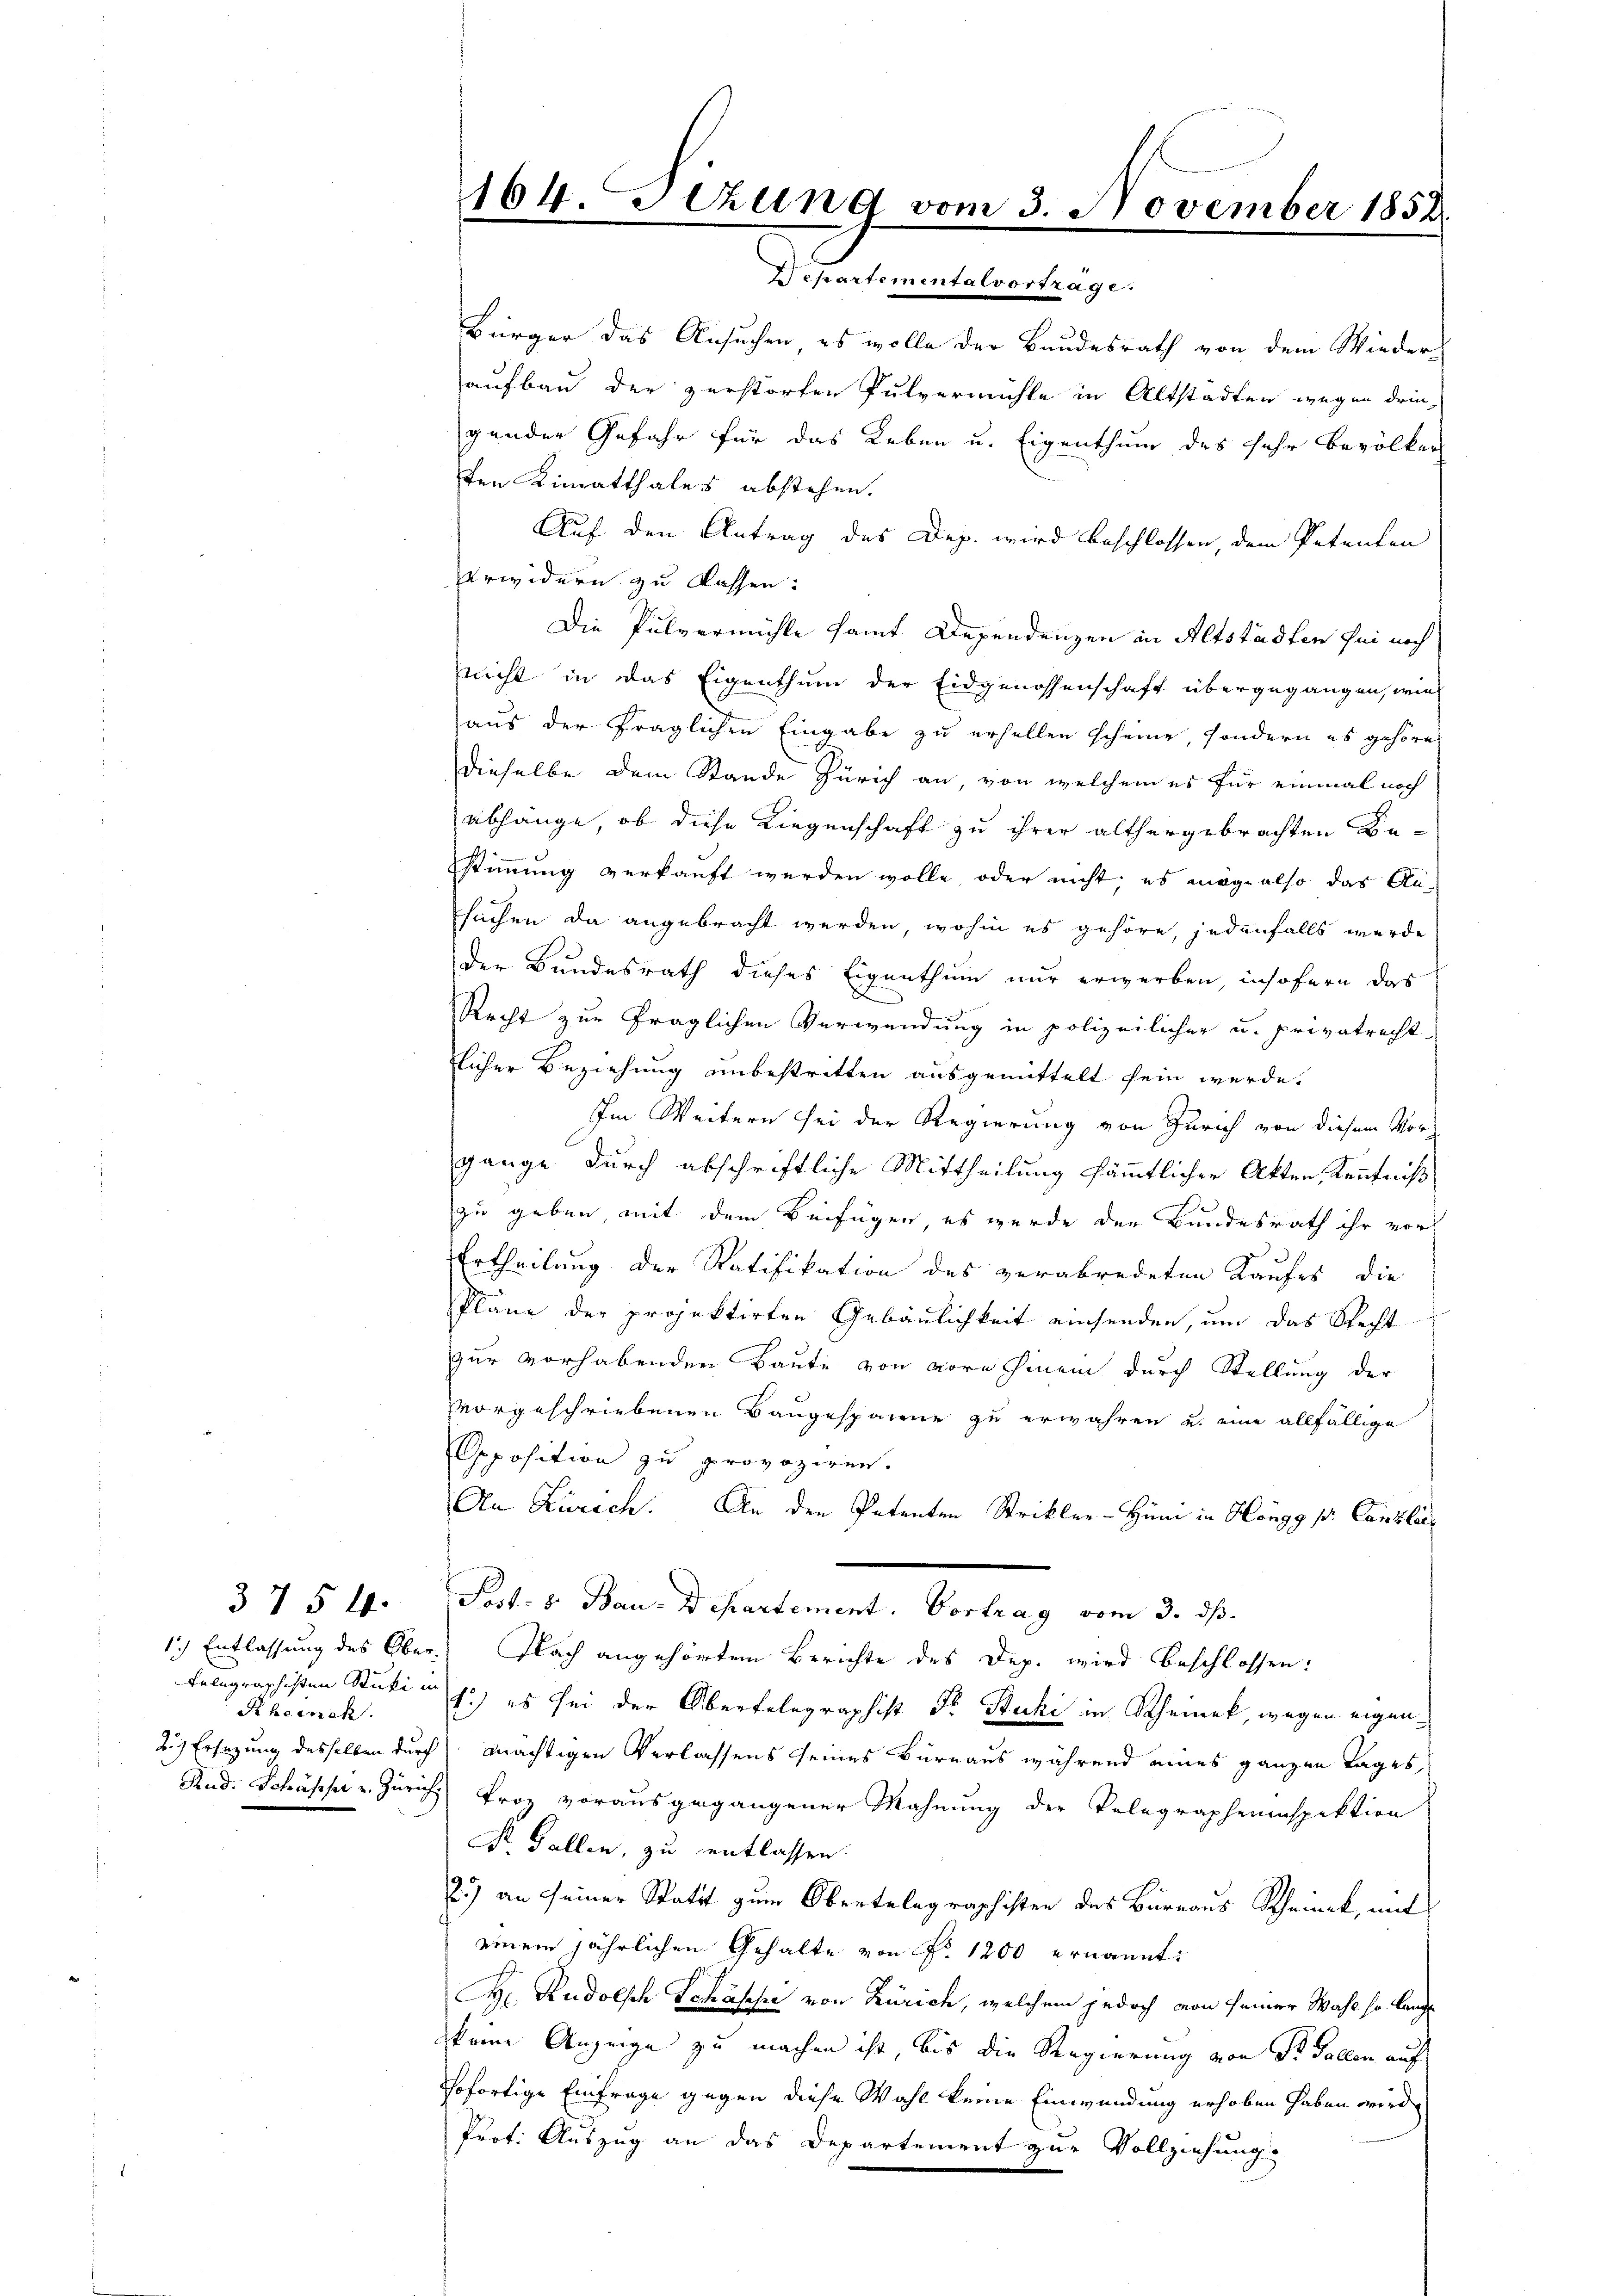
3754.

Rheinck

Bürger das Ansuchen es wolle der Bundesrath von dem Wieder-
aufbau der zerstörten Pulvermühle in Altstadten wegen dringender Gefahr für das Leben u. Eigenthum des sehr bevölker
ten Limmatthales abstehen.
Auf den Antrag des Dep. wird beschlossen, dem Petenten
erwidern zu lassen:
Die Pulvermühle samt Dependenzen in Altstädten sei noch
nicht in das Eigenthum der Eidgenossenschaft übergegangen, wie
aus der fraglichen Eingabe zu erhellen scheine, sondern es gehöres
dieselbe dem Stande Zürich an, von welchem es für einmal noch
abhänge, ob diese Liegenschaft zu ihrer althergebrachten Be-
stimmung verkauft werden wolle, oder nicht, es möge also das Au-
sachen da angebracht werden, wohin es gehöre, jedenfalls werde
der Bundesrath dieses Eigenthum nur erwerben, insofern das
Recht zur fraglichen Verwendung in polizeilicher u. privatrecht-
licher Beziehung unbestritten ausgemittelt sein werde.
Im Weitern sei der Regierung von Zürich von diesem Vorgange durch abschriftliche Mittheilung sämmtlicher Akten, Kenntniß
zu geben, mit dem Beifügen, es wurde der Bundesrath ihr vor
Ertheilung der Ratifikation des verabredeten Kaufes die
Pläne der projektirten Gebäulichkeit einsenden, um das Recht
zur vorhabenden Baute von vore hinein durch Stellung der
vorgeschriebenen Baugespanne zu erwähren u. eine allfällige
Opposition zu provoziren.
An Zürich. An den Petenten Strikler-Hüni in Höngg p. Canzlei,
Post- 8. Bau-Departement. Vortrag vom 3. ds.
1.) Entlassung des Ober. Nach angehörten Berichte des Dep. wird beschlossen:
Belegraphisten Stucki u. es sei der Oberfelegraphist Fr. Stucki in Rheinek, wegen eigen¬
2.) Ersezung desselben durch mächtigen Verlassens seines Büreaus während eines ganzen Tages
Rud. Schässe u. Zürich Froz vorausgegangener Mahnung der Telegrapheninspektion
Dr. Gallen, zu entlassen.
2.) an seiner Statt zum Obertelegraphisten des Büreaus Scheint, mit
einem jährlichen Gehalte von Fr. 1200 ernannt:
H. Rudolsch Schäsche von Zürich, welchem jedoch von seiner Wahl so lange
keine Anzeige zu machen ist, bis die Regierung von Dr. Gallen auf
sofortige Einfrage gegen diese Wahl keine Einwendung erhoben haben wird,
Prot. Auszug an das Departement zur Vollziehung.

164. Fezund vom 3. November 1852
Departeme